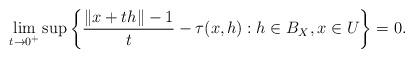
LaTeX: \begin{align*} \lim_{t \rightarrow 0^+} \sup \left\{ \frac{\|x+th\| - 1}{t} - \tau(x, h): h \in B_X, x \in U \right\} = 0.\end{align*}